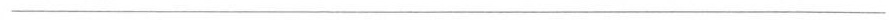
___